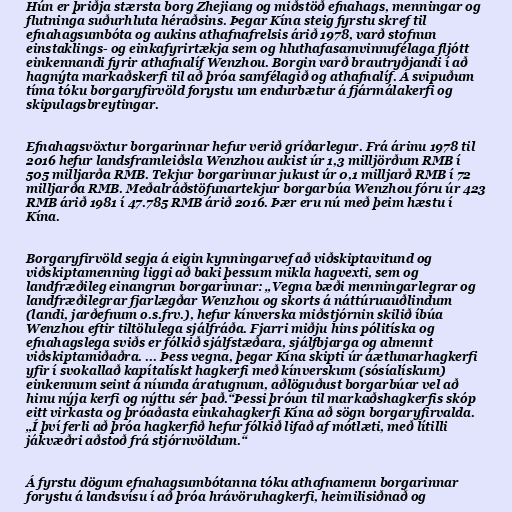
Hún er þriðja stærsta borg Zhejiang og miðstöð efnahags, menningar og
flutninga suðurhluta héraðsins. Þegar Kína steig fyrstu skref til
efnahagsumbóta og aukins athafnafrelsis árið 1978, varð stofnun
einstaklings- og einkafyrirtækja sem og hluthafasamvinnufélaga fljótt
einkennandi fyrir athafnalíf Wenzhou. Borgin varð brautryðjandi í að
hagnýta markaðskerfi til að þróa samfélagið og athafnalíf. Á svipuðum
tíma tóku borgaryfirvöld forystu um endurbætur á fjármálakerfi og
skipulagsbreytingar.

Efnahagsvöxtur borgarinnar hefur verið gríðarlegur. Frá árinu 1978 til
2016 hefur landsframleiðsla Wenzhou aukist úr 1,3 milljörðum RMB í
505 milljarða RMB. Tekjur borgarinnar jukust úr 0,1 milljarð RMB í 72
milljarða RMB. Meðalráðstöfunartekjur borgarbúa Wenzhou fóru úr 423
RMB árið 1981 í 47.785 RMB árið 2016. Þær eru nú með þeim hæstu í
Kína.

Borgaryfirvöld segja á eigin kynningarvef að viðskiptavitund og
viðskiptamenning liggi að baki þessum mikla hagvexti, sem og
landfræðileg einangrun borgarinnar: „Vegna bæði menningarlegrar og
landfræðilegrar fjarlægðar Wenzhou og skorts á náttúruauðlindum
(landi, jarðefnum o.s.frv.), hefur kínverska miðstjórnin skilið íbúa
Wenzhou eftir tiltölulega sjálfráða. Fjarri miðju hins pólitíska og
efnahagslega sviðs er fólkið sjálfstæðara, sjálfbjarga og almennt
viðskiptamiðaðra. ... Þess vegna, þegar Kína skipti úr áætlunarhagkerfi
yfir í svokallað kapítalískt hagkerfi með kínverskum (sósíalískum)
einkennum seint á níunda áratugnum, aðlöguðust borgarbúar vel að
hinu nýja kerfi og nýttu sér það.“Þessi þróun til markaðshagkerfis skóp
eitt virkasta og þróaðasta einkahagkerfi Kína að sögn borgaryfirvalda.
„Í því ferli að þróa hagkerfið hefur fólkið lifað af mótlæti, með lítilli
jákvæðri aðstoð frá stjórnvöldum.“

Á fyrstu dögum efnahagsumbótanna tóku athafnamenn borgarinnar
forystu á landsvísu í að þróa hrávöruhagkerfi, heimilisiðnað og